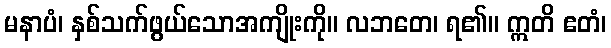
မနာပံ၊ နှစ်သက်ဖွယ်သောအကျိုးကို။ လဘတေ၊ ရ၏။ ဣတိ ဧတံ၊